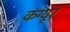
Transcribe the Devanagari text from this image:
कंग्‍यूर